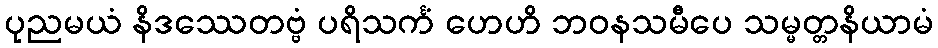
ပုညမယံ နိဒဿေတဗ္ဗံ ပရိသင်္ကံ ဟေဟိ ဘဝနသမီပေ သမ္မတ္တနိယာမံ